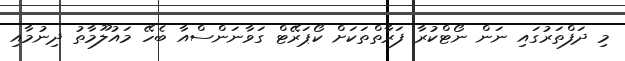
މި ދަފްތަރުގައި ނަން ނޯޓްކުރާ ފަރާތްތަކަށް ކޯޕަރޭޓް ގަވާނަންސްއާ ބެހޭ މައުުލޫމާތު ދިނުމާއި